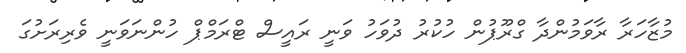
މުޒާހަރާ ރާވަމުންދާ ގްރޫޕުން ހުކުުރު ދުވަހު ވަނީ ރައީސް ޓްރަމްޕް ހުންނަވަނީ ވެރިރަށުގަ